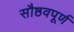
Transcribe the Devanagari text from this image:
सौष्ठवपूर्ण